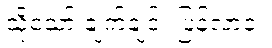
သို့သော် ချက်ချင်း ပြန်လာခဲ့။